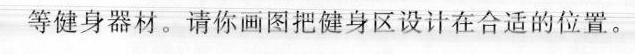
等健身器材。请你画图把健身区设计在合适的位置。